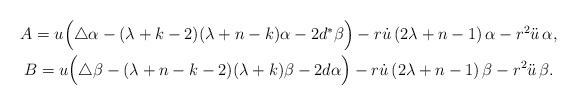
LaTeX: \begin{align*}\begin{gathered}A = u\Big( \triangle\alpha - (\lambda+k-2)(\lambda+n-k)\alpha -2d^\ast\beta \Big) -r\dot{u}\left( 2\lambda +n-1\right) \alpha - r^2 \ddot{u}\,\alpha,\\B = u\Big( \triangle\beta - (\lambda+n-k-2)(\lambda+k)\beta -2d\alpha \Big) -r\dot{u}\left( 2\lambda +n-1\right) \beta - r^2 \ddot{u}\,\beta.\end{gathered}\end{align*}